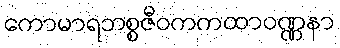
ကောမာရဘစ္စဇီဝကကထာဝဏ္ဏနာ